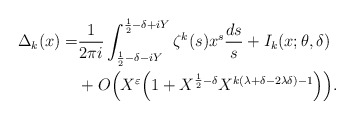
\begin{align*} \Delta_k(x)=&\frac{1}{2\pi i } \int_{\frac12-\delta-iY}^{\frac12-\delta+iY}\zeta^k(s) x^s \frac{ds}{s}+I_k(x;\theta, \delta) \\&+O\Big(X^{\varepsilon}\Big(1+X^{\frac12-\delta}X^{k(\lambda+\delta-2\lambda \delta)-1}\Big)\Big).\end{align*}